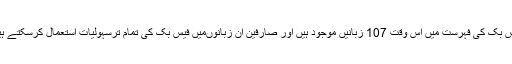
فیس بک کی فہرست میں اس وقت 107 زبانیں موجود ہیں اور صارفین ان زبانوںمیں فیس بک کی تمام ترسہولیات استعمال کرسکتے ہیں۔